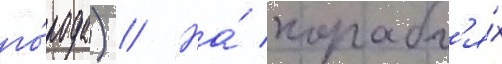
го́рода) // На́ корабл'я́х